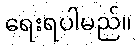
ရေးရပါမည်။